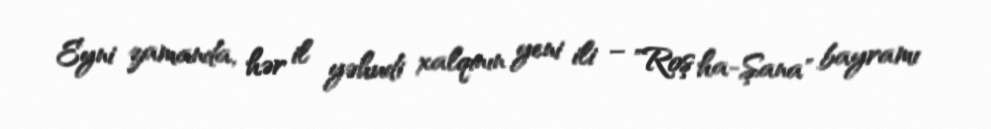
Eyni zamanda, hər il yəhudi xalqının yeni ili – "Roş ha-Şana" bayramı